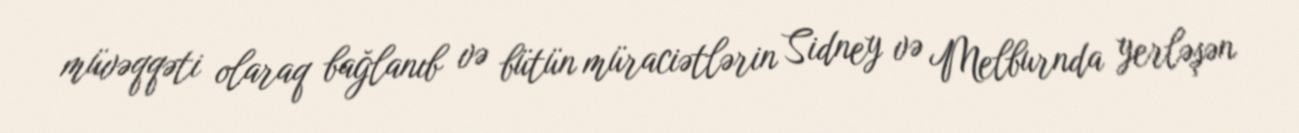
müvəqqəti olaraq bağlanıb və bütün müraciətlərin Sidney və Melburnda yerləşən